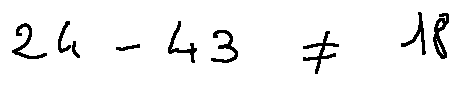
2 4 - 4 3 \neq 1 8